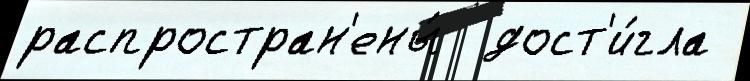
распростран'ены́  дост'и́гла